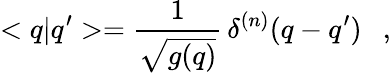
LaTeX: <q|q^{\prime}>=\frac{1}{\sqrt{g(q)}}\, \delta^{(n)}(q-q^{\prime})\ \ \ ,